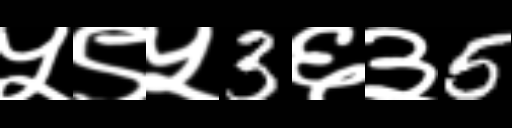
Text: ५९५3६३5